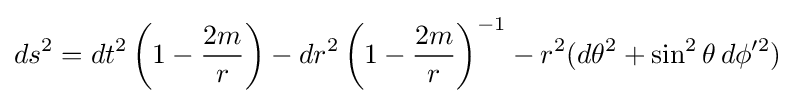
ds^{2}=dt^{2}\left(1-{\frac {2m}{r}}\right)-dr^{2}\left(1-{\frac {2m}{r}}\right)^{-1}-r^{2}(d\theta ^{2}+\sin ^{2}\theta \,d\phi '^{2})